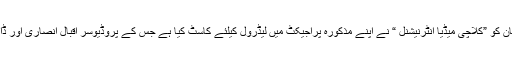
ذرائع نے بتایا ہے کہ سارہ خان کو ”کلاچی میڈیا انٹرنیشنل “ نے اپنے مذکورہ پراجیکٹ میں لیڈرول کیلئے کاسٹ کیا ہے جس کے پروڈیوسر اقبال انصاری اور ڈائریکٹر فرقان ٹی صدیقی ہیں ۔